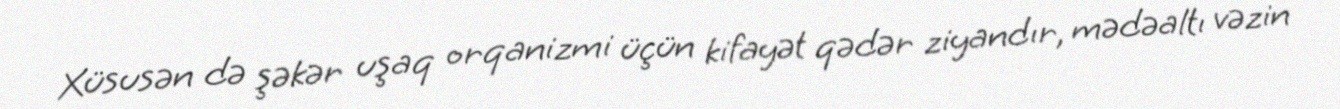
Xüsusən də şəkər uşaq orqanizmi üçün kifayət qədər ziyandır, mədəaltı vəzin